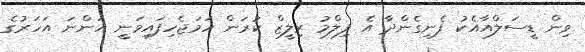
ވިން ޑީސަލްއާއެކު ފެނިގެންދާ އެ ފިލްމު ރިލީޒް ކުރަން ހަމަޖެހިފައިވަނީ އަންނަ އަހަރުގެ